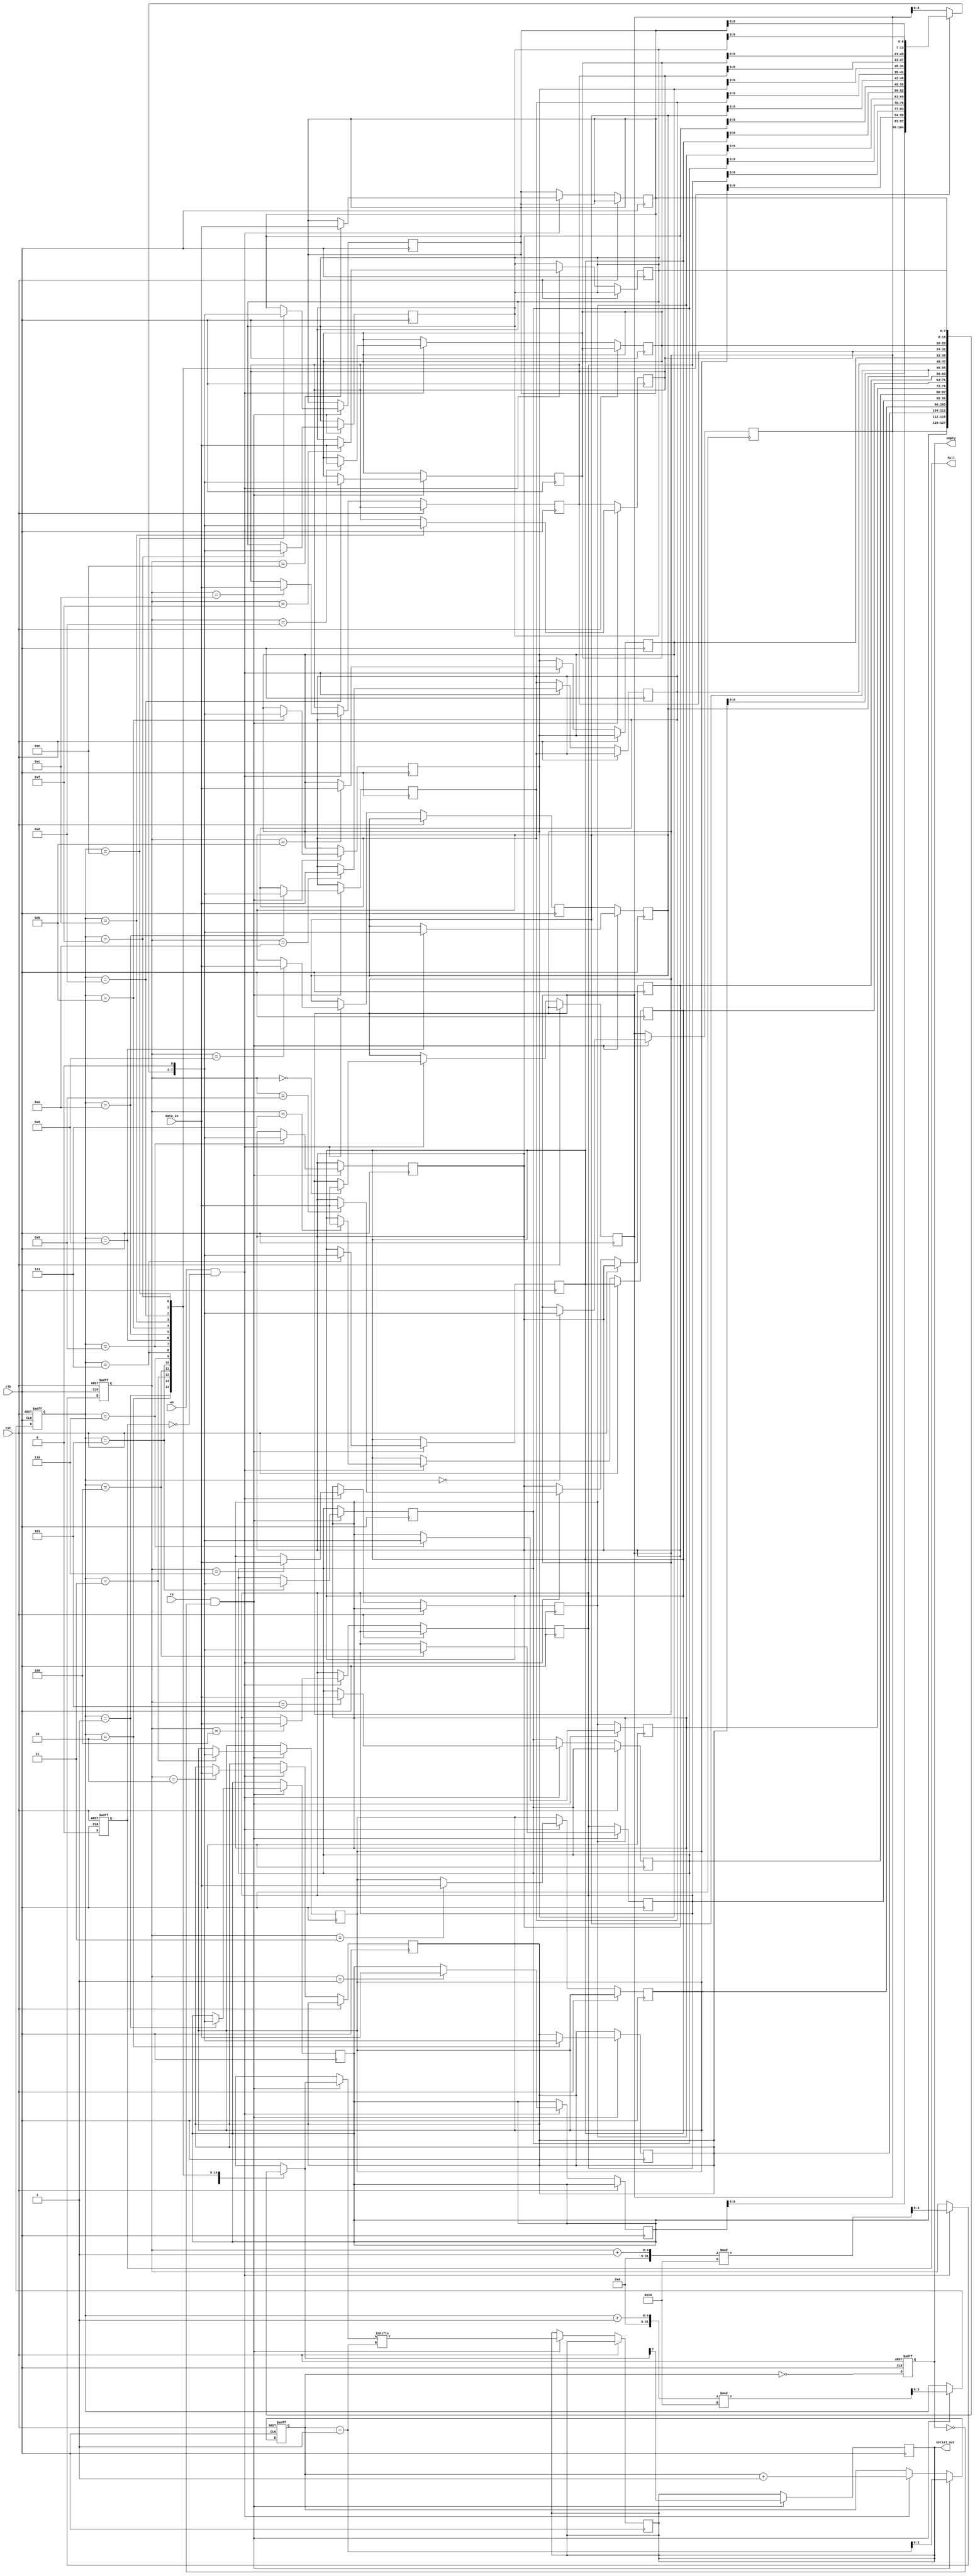
module fifo_piso #(
    parameter N = 8,                // Width of data input in bits
    parameter DEPTH = 16            // Depth of FIFO
) (
    input wire clk,                 // Clock signal
    input wire rst,                 // Reset signal
    input wire we,                  // Write enable signal
    input wire re,                  // Read enable signal
    input wire [N-1:0] data_in,     // Parallel data input
    output reg serial_out,          // Serial output
    output reg empty,               // FIFO empty flag
    output reg full                 // FIFO full flag
);

    reg [N-1:0] fifo_mem [0:DEPTH-1]; // FIFO storage
    reg [3:0] write_ptr;              // Write pointer
    reg [3:0] read_ptr;               // Read pointer
    reg [3:0] count;                  // Count of items in FIFO

    // Asynchronous reset and management of full/empty flags
    always @(posedge clk or posedge rst) begin
        if (rst) begin
            write_ptr <= 0;
            read_ptr <= 0;
            count <= 0;
            full <= 0;
            empty <= 1;
        end else begin
            // Update full flag
            full <= (count == DEPTH);
            // Update empty flag
            empty <= (count == 0);
            
            // Write logic
            if (we && !full) begin
                fifo_mem[write_ptr] <= data_in; // Write data
                write_ptr <= (write_ptr + 1) % DEPTH; // Increment write pointer
                count <= count + 1; // Increment count
            end

            // Read logic
            if (re && !empty) begin
                serial_out <= fifo_mem[read_ptr][count - 1]; // Output the next bit of oldest data
                read_ptr <= (read_ptr + 1) % DEPTH; // Increment read pointer
                count <= count - 1; // Decrement count
            end
        end
    end

    // Serial shifting out an entire word
    always @(posedge clk) begin
        if (re && !empty) begin
            // Shift the serial output appropriately
            serial_out <= fifo_mem[read_ptr][N-1]; // Output the MSB
            fifo_mem[read_ptr] <= {fifo_mem[read_ptr][N-2:0], 1'b0}; // Shift left
        end
    end

endmodule